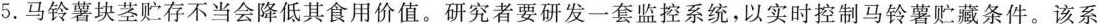
5.马铃薯块茎贮存不当会降低其食用价值。研究者要研发一套监控系统，以实时控制马铃薯贮藏条件。该系